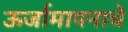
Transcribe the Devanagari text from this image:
ऊर्जामापनाचे